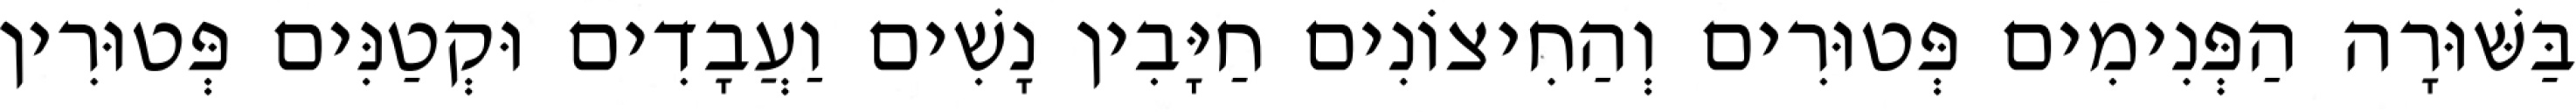
בַּשּׁוּרָה הַפְּנִימִים פְּטוּרִים וְהַחִיצוֹנִים חַיָּבִין נָשִׁים וַעֲבָדִים וּקְטַנִּים פְּטוּרִין